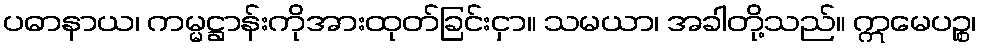
ပဓာနာယ၊ ကမ္မဋ္ဌာန်းကိုအားထုတ်ခြင်းငှာ။ သမယာ၊ အခါတို့သည်။ ဣမေပဉ္စ၊